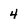
Character: 4